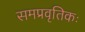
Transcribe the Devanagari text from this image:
समप्रवृतिकः